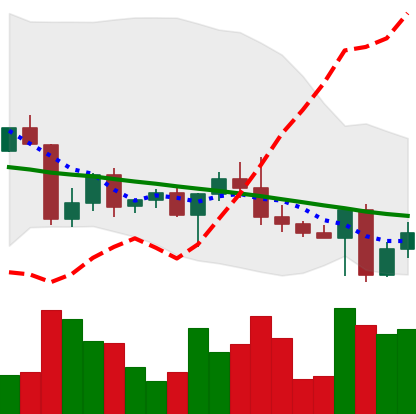
Ticker: ETH-USD
Chart end date: 2022-04-28
Forward return: -5.225%
Label: down_5_7